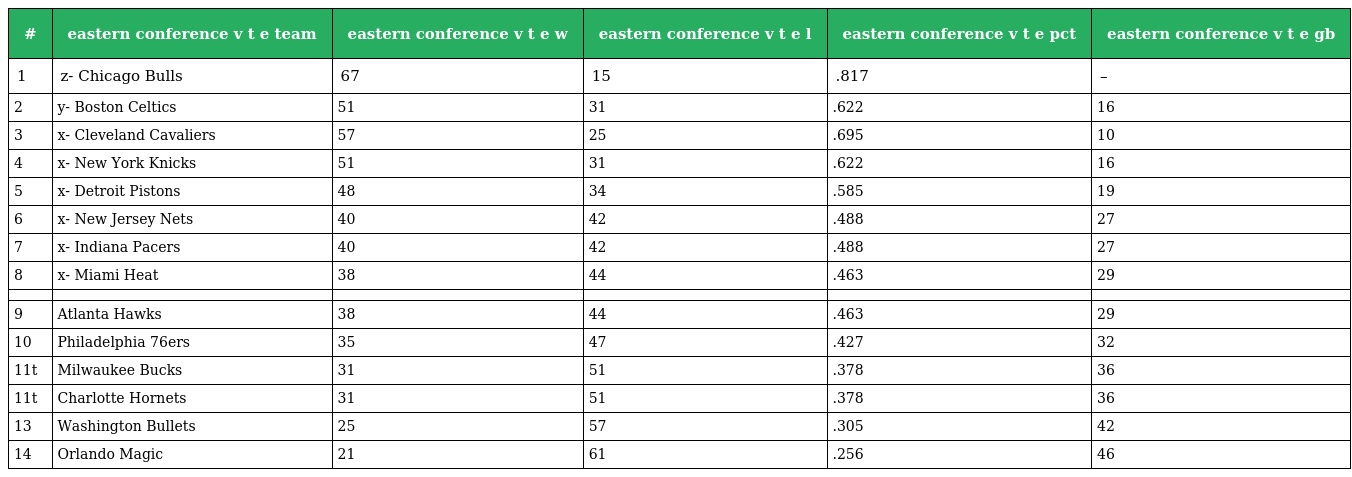
| # | eastern conference v t e team | eastern conference v t e w | eastern conference v t e l | eastern conference v t e pct | eastern conference v t e gb |
 | --- | --- | --- | --- | --- | --- |
 | 1 | z- Chicago Bulls | 67 | 15 | .817 | – |
 | 2 | y- Boston Celtics | 51 | 31 | .622 | 16 |
 | 3 | x- Cleveland Cavaliers | 57 | 25 | .695 | 10 |
 | 4 | x- New York Knicks | 51 | 31 | .622 | 16 |
 | 5 | x- Detroit Pistons | 48 | 34 | .585 | 19 |
 | 6 | x- New Jersey Nets | 40 | 42 | .488 | 27 |
 | 7 | x- Indiana Pacers | 40 | 42 | .488 | 27 |
 | 8 | x- Miami Heat | 38 | 44 | .463 | 29 |
 |  |  |  |  |  |  |
 | 9 | Atlanta Hawks | 38 | 44 | .463 | 29 |
 | 10 | Philadelphia 76ers | 35 | 47 | .427 | 32 |
 | 11t | Milwaukee Bucks | 31 | 51 | .378 | 36 |
 | 11t | Charlotte Hornets | 31 | 51 | .378 | 36 |
 | 13 | Washington Bullets | 25 | 57 | .305 | 42 |
 | 14 | Orlando Magic | 21 | 61 | .256 | 46 |